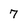
Character: 7